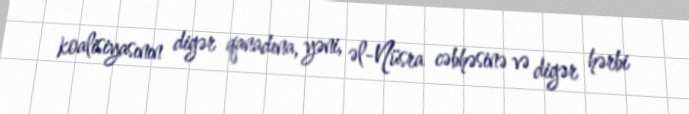
koalisiyasının digər qanadına, yəni, əl-Nüsra cəbhəsinə və digər hərbi